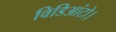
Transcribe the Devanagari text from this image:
विडिआंटो।